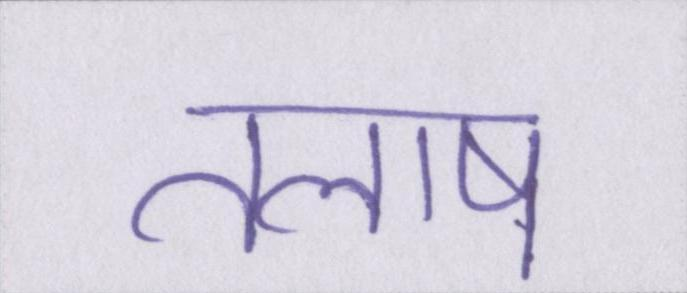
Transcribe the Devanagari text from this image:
तलाष